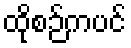
ထိုစဉ်ကပင်